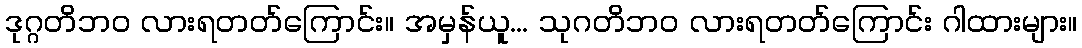
ဒုဂ္ဂတိဘဝ လားရတတ်ကြောင်း။ အမှန်ယူ... သုဂတိဘဝ လားရတတ်ကြောင်း ဂါထားများ။